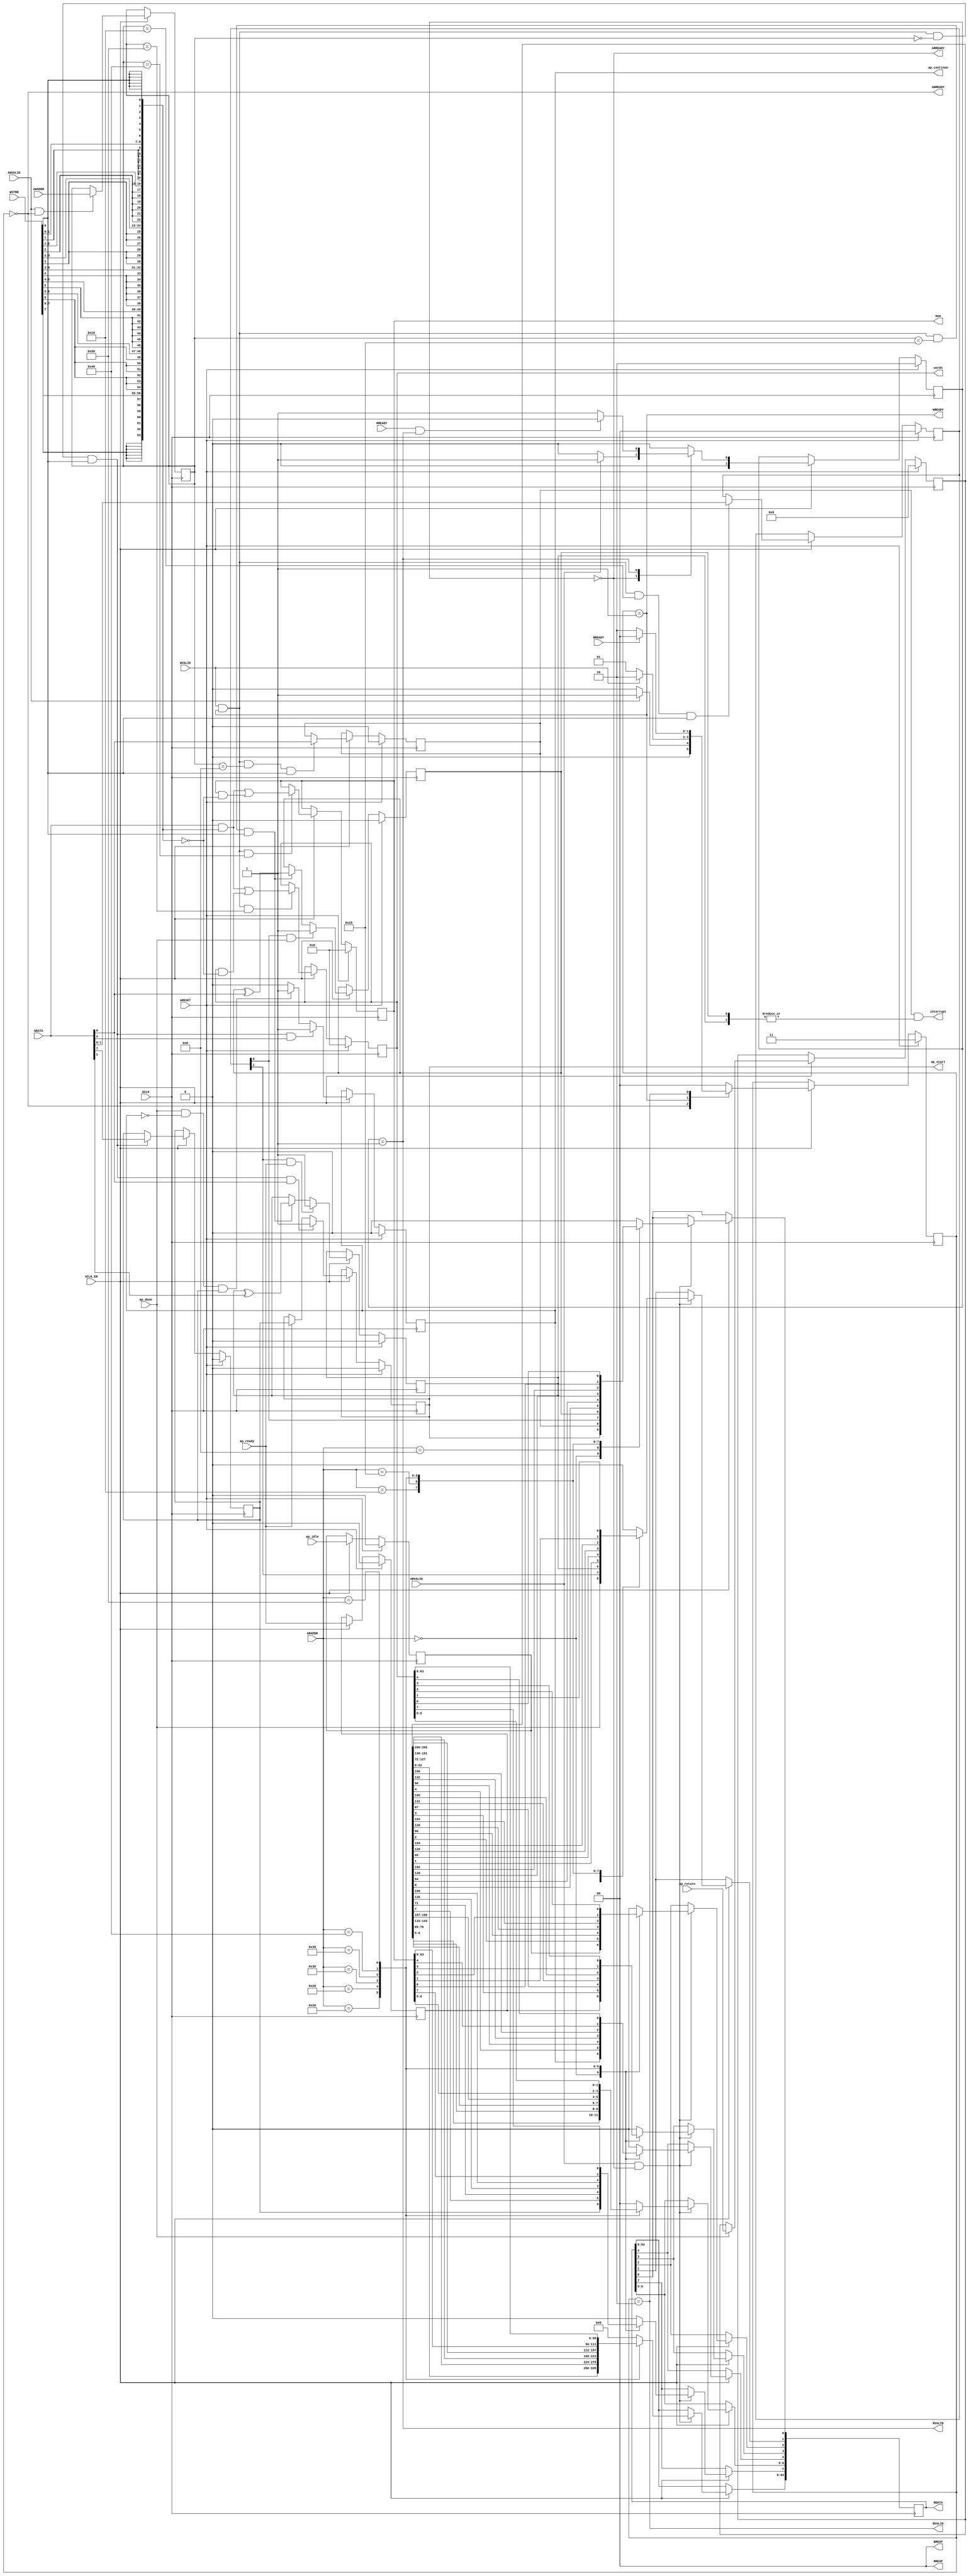
// ==============================================================
// Vitis HLS - High-Level Synthesis from C, C++ and OpenCL v2020.2 (64-bit)
// Copyright 1986-2020 Xilinx, Inc. All Rights Reserved.
// ==============================================================
`timescale 1ns/1ps
module sha256_fpga_control_s_axi
#(parameter
    C_S_AXI_ADDR_WIDTH = 7,
    C_S_AXI_DATA_WIDTH = 64
)(
    input  wire                          ACLK,
    input  wire                          ARESET,
    input  wire                          ACLK_EN,
    input  wire [C_S_AXI_ADDR_WIDTH-1:0] AWADDR,
    input  wire                          AWVALID,
    output wire                          AWREADY,
    input  wire [C_S_AXI_DATA_WIDTH-1:0] WDATA,
    input  wire [C_S_AXI_DATA_WIDTH/8-1:0] WSTRB,
    input  wire                          WVALID,
    output wire                          WREADY,
    output wire [1:0]                    BRESP,
    output wire                          BVALID,
    input  wire                          BREADY,
    input  wire [C_S_AXI_ADDR_WIDTH-1:0] ARADDR,
    input  wire                          ARVALID,
    output wire                          ARREADY,
    output wire [C_S_AXI_DATA_WIDTH-1:0] RDATA,
    output wire [1:0]                    RRESP,
    output wire                          RVALID,
    input  wire                          RREADY,
    output wire                          interrupt,
    output wire                          ap_start,
    input  wire                          ap_done,
    input  wire                          ap_ready,
    output wire                          ap_continue,
    input  wire                          ap_idle,
    input  wire [255:0]                  ap_return,
    output wire [63:0]                   mem,
    output wire [63:0]                   words
);
//------------------------Address Info-------------------
// 0x00 : Control signals
//        bit 0  - ap_start (Read/Write/COH)
//        bit 1  - ap_done (Read)
//        bit 2  - ap_idle (Read)
//        bit 3  - ap_ready (Read)
//        bit 4  - ap_continue (Read/Write/SC)
//        bit 7  - auto_restart (Read/Write)
//        others - reserved
// 0x08 : Global Interrupt Enable Register
//        bit 0  - Global Interrupt Enable (Read/Write)
//        others - reserved
// 0x10 : IP Interrupt Enable Register (Read/Write)
//        bit 0  - enable ap_done interrupt (Read/Write)
//        bit 1  - enable ap_ready interrupt (Read/Write)
//        others - reserved
// 0x18 : IP Interrupt Status Register (Read/TOW)
//        bit 0  - ap_done (COR/TOW)
//        bit 1  - ap_ready (COR/TOW)
//        others - reserved
// 0x20 : Data signal of ap_return
//        bit 63~0 - ap_return[63:0] (Read)
// 0x28 : Data signal of ap_return
//        bit 63~0 - ap_return[127:64] (Read)
// 0x30 : Data signal of ap_return
//        bit 63~0 - ap_return[191:128] (Read)
// 0x38 : Data signal of ap_return
//        bit 63~0 - ap_return[255:192] (Read)
// 0x48 : Data signal of mem
//        bit 63~0 - mem[63:0] (Read/Write)
// 0x50 : reserved
// 0x58 : Data signal of words
//        bit 63~0 - words[63:0] (Read/Write)
// 0x60 : reserved
// (SC = Self Clear, COR = Clear on Read, TOW = Toggle on Write, COH = Clear on Handshake)

//------------------------Parameter----------------------
localparam
    ADDR_AP_CTRL      = 7'h00,
    ADDR_GIE          = 7'h08,
    ADDR_IER          = 7'h10,
    ADDR_ISR          = 7'h18,
    ADDR_AP_RETURN_0  = 7'h20,
    ADDR_AP_RETURN_1  = 7'h28,
    ADDR_AP_RETURN_2  = 7'h30,
    ADDR_AP_RETURN_3  = 7'h38,
    ADDR_MEM_DATA_0   = 7'h48,
    ADDR_MEM_CTRL     = 7'h50,
    ADDR_WORDS_DATA_0 = 7'h58,
    ADDR_WORDS_CTRL   = 7'h60,
    WRIDLE            = 2'd0,
    WRDATA            = 2'd1,
    WRRESP            = 2'd2,
    WRRESET           = 2'd3,
    RDIDLE            = 2'd0,
    RDDATA            = 2'd1,
    RDRESET           = 2'd2,
    ADDR_BITS                = 7;

//------------------------Local signal-------------------
    reg  [1:0]                    wstate = WRRESET;
    reg  [1:0]                    wnext;
    reg  [ADDR_BITS-1:0]          waddr;
    wire [C_S_AXI_DATA_WIDTH-1:0] wmask;
    wire                          aw_hs;
    wire                          w_hs;
    reg  [1:0]                    rstate = RDRESET;
    reg  [1:0]                    rnext;
    reg  [C_S_AXI_DATA_WIDTH-1:0] rdata;
    wire                          ar_hs;
    wire [ADDR_BITS-1:0]          raddr;
    // internal registers
    reg                           int_ap_idle;
    reg                           int_ap_continue;
    reg                           int_ap_ready;
    wire                          int_ap_done;
    reg                           int_ap_start = 1'b0;
    reg                           int_auto_restart = 1'b0;
    reg                           int_gie = 1'b0;
    reg  [1:0]                    int_ier = 2'b0;
    reg  [1:0]                    int_isr = 2'b0;
    reg  [255:0]                  int_ap_return;
    reg  [63:0]                   int_mem = 'b0;
    reg  [63:0]                   int_words = 'b0;

//------------------------Instantiation------------------


//------------------------AXI write fsm------------------
assign AWREADY = (wstate == WRIDLE);
assign WREADY  = (wstate == WRDATA);
assign BRESP   = 2'b00;  // OKAY
assign BVALID  = (wstate == WRRESP);
assign wmask   = { {8{WSTRB[7]}}, {8{WSTRB[6]}}, {8{WSTRB[5]}}, {8{WSTRB[4]}}, {8{WSTRB[3]}}, {8{WSTRB[2]}}, {8{WSTRB[1]}}, {8{WSTRB[0]}} };
assign aw_hs   = AWVALID & AWREADY;
assign w_hs    = WVALID & WREADY;

// wstate
always @(posedge ACLK) begin
    if (ARESET)
        wstate <= WRRESET;
    else if (ACLK_EN)
        wstate <= wnext;
end

// wnext
always @(*) begin
    case (wstate)
        WRIDLE:
            if (AWVALID)
                wnext = WRDATA;
            else
                wnext = WRIDLE;
        WRDATA:
            if (WVALID)
                wnext = WRRESP;
            else
                wnext = WRDATA;
        WRRESP:
            if (BREADY)
                wnext = WRIDLE;
            else
                wnext = WRRESP;
        default:
            wnext = WRIDLE;
    endcase
end

// waddr
always @(posedge ACLK) begin
    if (ACLK_EN) begin
        if (aw_hs)
            waddr <= AWADDR[ADDR_BITS-1:0];
    end
end

//------------------------AXI read fsm-------------------
assign ARREADY = (rstate == RDIDLE);
assign RDATA   = rdata;
assign RRESP   = 2'b00;  // OKAY
assign RVALID  = (rstate == RDDATA);
assign ar_hs   = ARVALID & ARREADY;
assign raddr   = ARADDR[ADDR_BITS-1:0];

// rstate
always @(posedge ACLK) begin
    if (ARESET)
        rstate <= RDRESET;
    else if (ACLK_EN)
        rstate <= rnext;
end

// rnext
always @(*) begin
    case (rstate)
        RDIDLE:
            if (ARVALID)
                rnext = RDDATA;
            else
                rnext = RDIDLE;
        RDDATA:
            if (RREADY & RVALID)
                rnext = RDIDLE;
            else
                rnext = RDDATA;
        default:
            rnext = RDIDLE;
    endcase
end

// rdata
always @(posedge ACLK) begin
    if (ACLK_EN) begin
        if (ar_hs) begin
            rdata <= 'b0;
            case (raddr)
                ADDR_AP_CTRL: begin
                    rdata[0] <= int_ap_start;
                    rdata[1] <= int_ap_done;
                    rdata[2] <= int_ap_idle;
                    rdata[3] <= int_ap_ready;
                    rdata[4] <= int_ap_continue;
                    rdata[7] <= int_auto_restart;
                end
                ADDR_GIE: begin
                    rdata <= int_gie;
                end
                ADDR_IER: begin
                    rdata <= int_ier;
                end
                ADDR_ISR: begin
                    rdata <= int_isr;
                end
                ADDR_AP_RETURN_0: begin
                    rdata <= int_ap_return[63:0];
                end
                ADDR_AP_RETURN_1: begin
                    rdata <= int_ap_return[127:64];
                end
                ADDR_AP_RETURN_2: begin
                    rdata <= int_ap_return[191:128];
                end
                ADDR_AP_RETURN_3: begin
                    rdata <= int_ap_return[255:192];
                end
                ADDR_MEM_DATA_0: begin
                    rdata <= int_mem[63:0];
                end
                ADDR_WORDS_DATA_0: begin
                    rdata <= int_words[63:0];
                end
            endcase
        end
    end
end


//------------------------Register logic-----------------
assign interrupt   = int_gie & (|int_isr);
assign ap_start    = int_ap_start;
assign int_ap_done = ap_done;
assign ap_continue = int_ap_continue;
assign mem         = int_mem;
assign words       = int_words;
// int_ap_start
always @(posedge ACLK) begin
    if (ARESET)
        int_ap_start <= 1'b0;
    else if (ACLK_EN) begin
        if (w_hs && waddr == ADDR_AP_CTRL && WSTRB[0] && WDATA[0])
            int_ap_start <= 1'b1;
        else if (ap_ready)
            int_ap_start <= int_auto_restart; // clear on handshake/auto restart
    end
end

// int_ap_idle
always @(posedge ACLK) begin
    if (ARESET)
        int_ap_idle <= 1'b0;
    else if (ACLK_EN) begin
            int_ap_idle <= ap_idle;
    end
end

// int_ap_ready
always @(posedge ACLK) begin
    if (ARESET)
        int_ap_ready <= 1'b0;
    else if (ACLK_EN) begin
            int_ap_ready <= ap_ready;
    end
end

// int_ap_continue
always @(posedge ACLK) begin
    if (ARESET)
        int_ap_continue <= 1'b0;
    else if (ACLK_EN) begin
        if (w_hs && waddr == ADDR_AP_CTRL && WSTRB[0] && WDATA[4])
            int_ap_continue <= 1'b1;
        else if (ap_done & ~int_ap_continue & int_auto_restart)
            int_ap_continue <= 1'b1; // auto restart
        else
            int_ap_continue <= 1'b0; // self clear
    end
end

// int_auto_restart
always @(posedge ACLK) begin
    if (ARESET)
        int_auto_restart <= 1'b0;
    else if (ACLK_EN) begin
        if (w_hs && waddr == ADDR_AP_CTRL && WSTRB[0])
            int_auto_restart <=  WDATA[7];
    end
end

// int_gie
always @(posedge ACLK) begin
    if (ARESET)
        int_gie <= 1'b0;
    else if (ACLK_EN) begin
        if (w_hs && waddr == ADDR_GIE && WSTRB[0])
            int_gie <= WDATA[0];
    end
end

// int_ier
always @(posedge ACLK) begin
    if (ARESET)
        int_ier <= 1'b0;
    else if (ACLK_EN) begin
        if (w_hs && waddr == ADDR_IER && WSTRB[0])
            int_ier <= WDATA[1:0];
    end
end

// int_isr[0]
always @(posedge ACLK) begin
    if (ARESET)
        int_isr[0] <= 1'b0;
    else if (ACLK_EN) begin
        if (int_ier[0] & ap_done)
            int_isr[0] <= 1'b1;
        else if (w_hs && waddr == ADDR_ISR && WSTRB[0])
            int_isr[0] <= int_isr[0] ^ WDATA[0]; // toggle on write
    end
end

// int_isr[1]
always @(posedge ACLK) begin
    if (ARESET)
        int_isr[1] <= 1'b0;
    else if (ACLK_EN) begin
        if (int_ier[1] & ap_ready)
            int_isr[1] <= 1'b1;
        else if (w_hs && waddr == ADDR_ISR && WSTRB[0])
            int_isr[1] <= int_isr[1] ^ WDATA[1]; // toggle on write
    end
end

// int_ap_return
always @(posedge ACLK) begin
    if (ARESET)
        int_ap_return <= 0;
    else if (ACLK_EN) begin
        if (ap_done)
            int_ap_return <= ap_return;
    end
end

// int_mem[63:0]
always @(posedge ACLK) begin
    if (ARESET)
        int_mem[63:0] <= 0;
    else if (ACLK_EN) begin
        if (w_hs && waddr == ADDR_MEM_DATA_0)
            int_mem[63:0] <= (WDATA[63:0] & wmask) | (int_mem[63:0] & ~wmask);
    end
end

// int_words[63:0]
always @(posedge ACLK) begin
    if (ARESET)
        int_words[63:0] <= 0;
    else if (ACLK_EN) begin
        if (w_hs && waddr == ADDR_WORDS_DATA_0)
            int_words[63:0] <= (WDATA[63:0] & wmask) | (int_words[63:0] & ~wmask);
    end
end


//------------------------Memory logic-------------------

endmodule